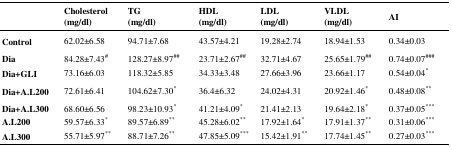
<table><thead><tr><td></td><td><b>Cholesterol (mg/dl)</b></td><td><b>TG(mg/dl)</b></td><td><b>HDL(mg/dl)</b></td><td><b>LDL(mg/dl)</b></td><td><b>VLDL (mg/dl)</b></td><td colspan="2"><b>AI</b></td></tr></thead><tbody><tr><td><b>Control</b></td><td>62.02±6.58</td><td>94.71±7.68</td><td>43.57±4.21</td><td>19.28±2.74</td><td>18.94±1.53</td><td colspan="2">0.34±0.03</td></tr><tr><td><b>Dia</b></td><td>84.28±7.43#</td><td>128.27±8.97##</td><td>23.71±2.67##</td><td>32.71±4.67</td><td>25.65±1.79##</td><td colspan="2">0.74±0.07###</td></tr><tr><td><b>Dia+GLI</b></td><td>73.16±6.03</td><td>118.32±5.85</td><td>34.33±3.48</td><td>27.66±3.96</td><td>23.66±1.17</td><td colspan="2">0.54±0.04*</td></tr><tr><td><b>Dia+A.L200</b></td><td>72.61±6.41</td><td>104.62±7.30*</td><td>36.4±6.32</td><td>24.02±4.31</td><td>20.92±1.46*</td><td colspan="2">0.48±0.08**</td></tr><tr><td><b>Dia+A.L300</b></td><td>68.60±6.56</td><td>98.23±10.93*</td><td>41.21±4.09*</td><td>21.41±2.13</td><td>19.64±2.18*</td><td colspan="2">0.37±0.05***</td></tr><tr><td><b>A.L200</b></td><td>59.57±6.33*</td><td>89.57±6.89**</td><td>45.28±6.02**</td><td>17.92±1.64*</td><td>17.91±1.37**</td><td colspan="2">0.31±0.06***</td></tr><tr><td><b>A.L300</b></td><td>55.71±5.97**</td><td>88.71±7.26**</td><td>47.85±5.09***</td><td>15.42±1.91**</td><td>17.74±1.45**</td><td>0.27±0.03***</td></tr></tbody></table>